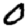
Digit: 0